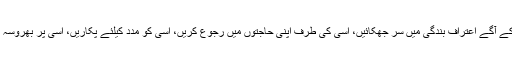
اور یہ صرف اللہ ہی کا حق ہے کہ بندے اسی کو مقتدر اعلیٰ مانیں، اسی کے آگے اعترافِ بندگی میں سر جھکائیں، اسی کی طرف اپنی حاجتوں میں رجوع کریں، اسی کو مدد کیلئے پکاریں، اسی پر بھروسہ کریں، اسی سے امیدیں وابستہ کریں اور اسی سے ظاہر و باطن میں ڈریں۔